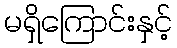
မရှိကြောင်းနှင့်